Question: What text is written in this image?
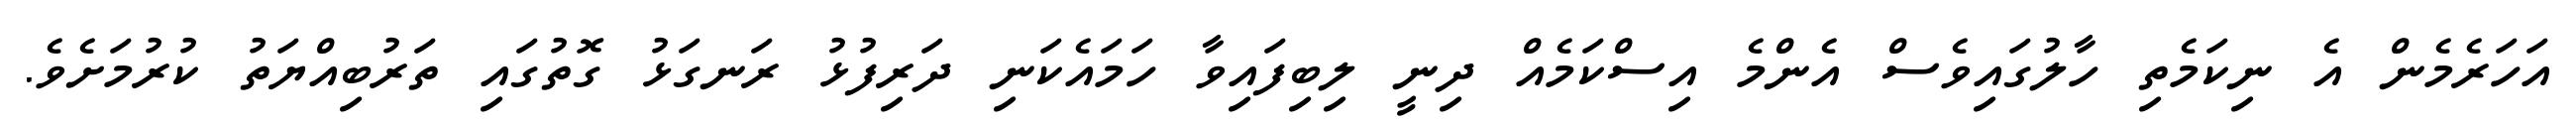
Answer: އަހަރެމެން އެ ނިކަމެތި ހާލުގައިވެސް އެންމެ އިސްކަމެއް ދިނީ ލިބިފައިވާ ހަމައެކަނި ދަރިފުޅު ރަނގަޅު ގޮތުގައި ތަރުބިއްޔަތު ކުރުމަށެވެ.